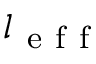
l _ { \mathrm { ~ e ~ f ~ f ~ } }